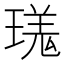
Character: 𪼎